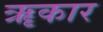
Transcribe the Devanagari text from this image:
ॠकार